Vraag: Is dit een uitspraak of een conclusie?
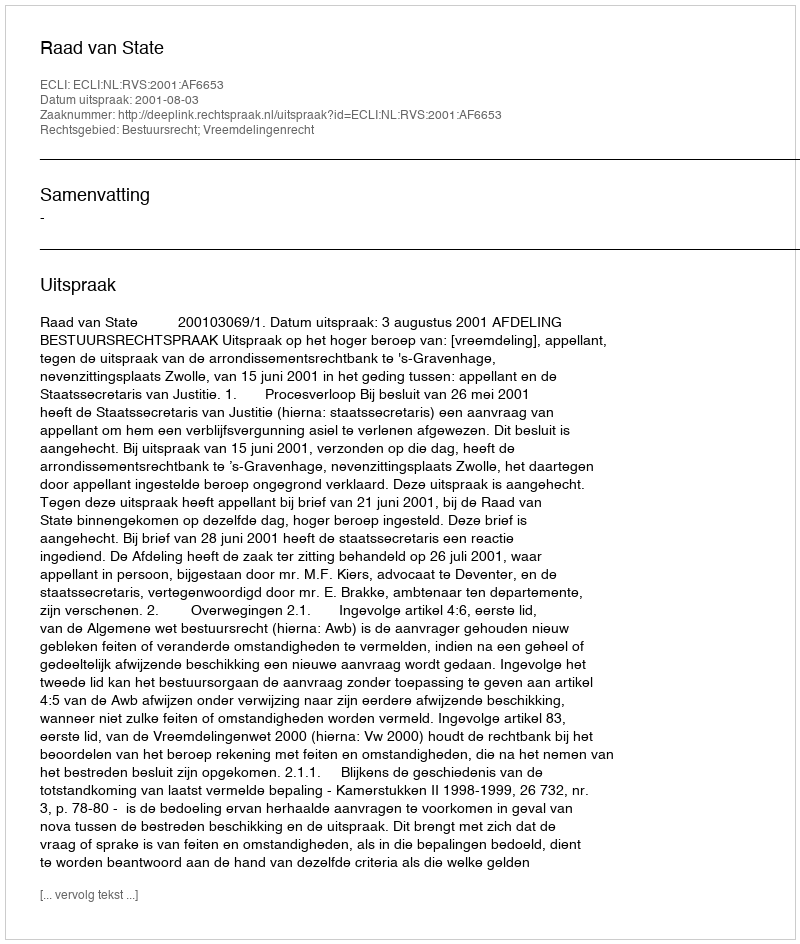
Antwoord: Uitspraak